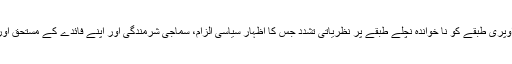
موجودہ پاکستان میں “سٹیٹس” ایک شائستہ اصطلاح بن گئی ہے، جو اوپری طبقے کو نا خواندہ نچلے طبقے پر نظریاتی تشدد جس کا اظہار سیاسی الزام، سماجی شرمندگی اور اپنے فائدے کے مستحق اور غیر شہریوں کے تصورات کے ذریعے کرنے کی اجازت دیتا ہے۔